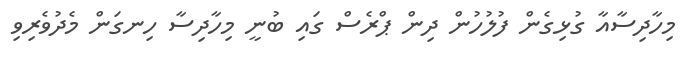
މިހާދިސާއާ ގުޅިގެން ފުލުހުން ދިން ޕްރެސް ގައި ބުނީ މިހާދިސާ ހިނގަން މެދުވެރިވި